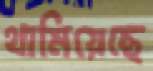
থামিয়েছে